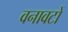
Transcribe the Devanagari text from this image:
वनावटों